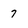
Character: 7